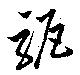
駆